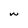
Character: m